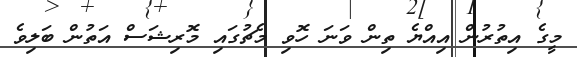
މީގެ އިތުރުން އިއްޔެ ތިން ވަނަ ހޮވި މެޗުގައި މޮރިޝަސް އަތުން ބަލިވެ